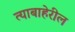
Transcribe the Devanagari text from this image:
त्याबाहेरील